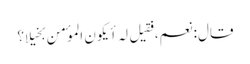
قال: نعم، فقیل لہ أیکون الموٴمن بخیلا؟